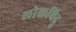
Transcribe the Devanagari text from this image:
लोकविदू